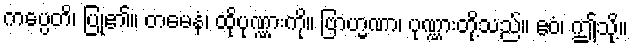
ကပ္ပေတိ၊ ပြု၏။ တမေနံ၊ ထိုပုဏ္ဏားကို။ ဗြာဟ္မဏာ၊ ပုဏ္ဏားတို့သည်။ ဧဝံ၊ ဤသို့။